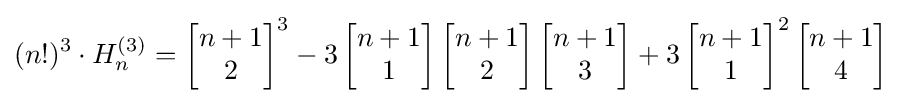
(n!)^{3}\cdot H_{n}^{(3)}=\left[{\begin{matrix}n+1\\2\end{matrix}}\right]^{3}-3\left[{\begin{matrix}n+1\\1\end{matrix}}\right]\left[{\begin{matrix}n+1\\2\end{matrix}}\right]\left[{\begin{matrix}n+1\\3\end{matrix}}\right]+3\left[{\begin{matrix}n+1\\1\end{matrix}}\right]^{2}\left[{\begin{matrix}n+1\\4\end{matrix}}\right]